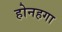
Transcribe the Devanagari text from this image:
होनहगा